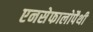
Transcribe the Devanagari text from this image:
एनसेफालोपैथी